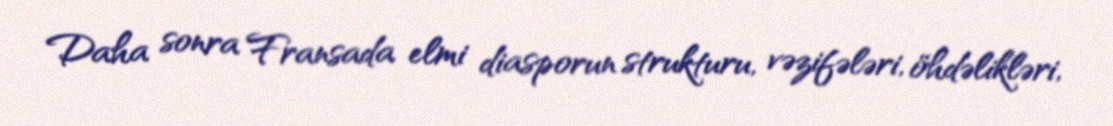
Daha sonra Fransada elmi diasporun strukturu, vəzifələri, öhdəlikləri,